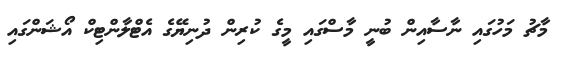
މާޗު މަހުގައި ނާސާއިން ބުނީ މާސްގައި މީގެ ކުރިން ދުނިޔޭގެ އެޓްލާންޓިކް އޯޝަންގައި